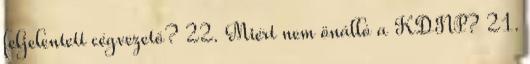
feljelentett cégvezető? 22. Miért nem önálló a KDNP? 21.